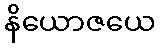
နိယောဇယေ